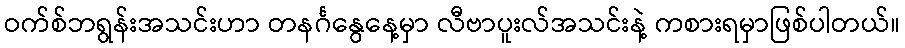
ဝက်စ်ဘရွန်းအသင်းဟာ တနင်္ဂနွေနေ့မှာ လီဗာပူးလ်အသင်းနဲ့ ကစားရမှာဖြစ်ပါတယ်။